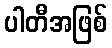
ပါတီအဖြစ်